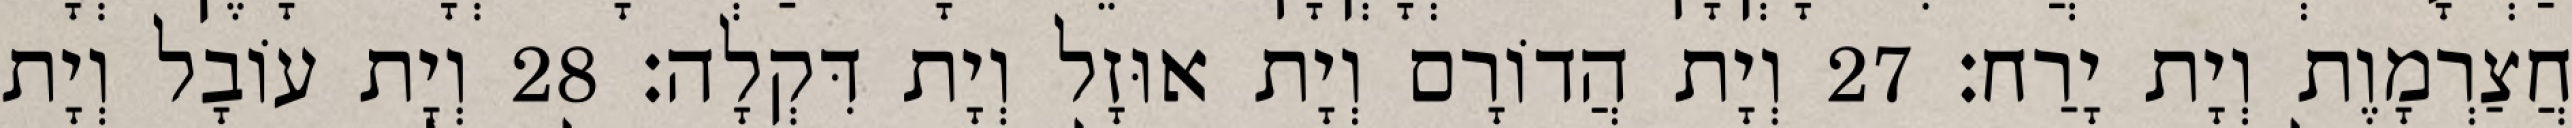
חֲצַרְמָוֶת וְיָת יָרַח׃ 27 וְיָת הֲדוֹרָם וְיָת אוּזָל וְיָת דִּקְלָה׃ 28 וְיָת עוֹבָל וְיָת